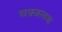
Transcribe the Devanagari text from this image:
चक्क्लक